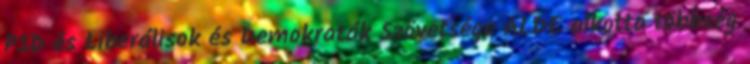
PSD és Liberálisok és Demokraták Szövetsége ALDE alkotta többség